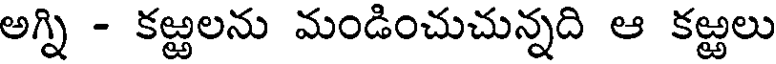
అగ్ని - కఱ్ఱలను మండించుచున్నది ఆ కఱ్ఱలు